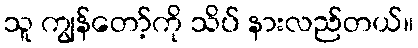
သူ ကျွန်တော့်ကို သိပ် နားလည်တယ်။